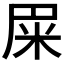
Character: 𰪰